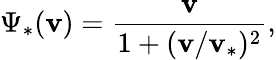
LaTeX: \Psi_{*}(\mathbf{v})=\frac{{\mathbf{v}}}{{1+(\mathbf{v}/\mathbf{v}_{*})^{2}}},